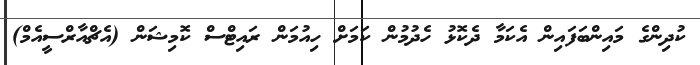
ކުދިންގެ މައިންބަފައިން އެކަމާ ދެކޮޅު ހެދުމުން ކަމަށް ހިއުމަން ރައިޓްސް ކޮމިޝަން (އެޗްއާރްސީއެމް)